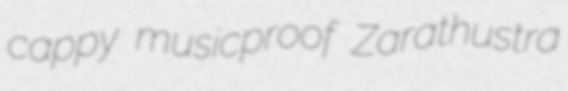
cappy musicproof Zarathustra